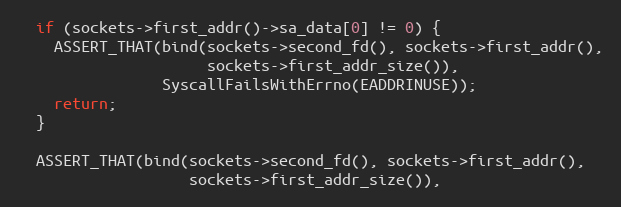
Language: C++
  if (sockets->first_addr()->sa_data[0] != 0) {
    ASSERT_THAT(bind(sockets->second_fd(), sockets->first_addr(),
                     sockets->first_addr_size()),
                SyscallFailsWithErrno(EADDRINUSE));
    return;
  }

  ASSERT_THAT(bind(sockets->second_fd(), sockets->first_addr(),
                   sockets->first_addr_size()),